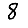
Digit: 8